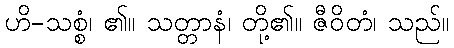
ဟိ-သစ္စံ၊ ၏။ သတ္တာနံ၊ တို့၏။ ဇီဝိတံ၊ သည်။